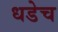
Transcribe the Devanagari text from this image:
धडेच